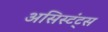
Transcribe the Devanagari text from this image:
असिस्टंट्स